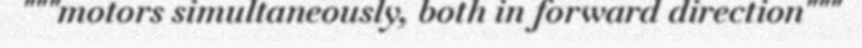
"""motors simultaneously, both in forward direction"""